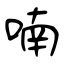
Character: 喃